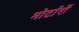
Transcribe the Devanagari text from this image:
मोर्टारों